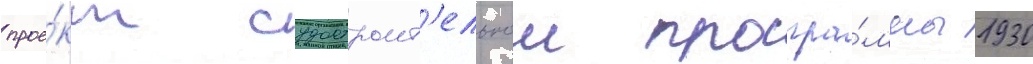
прое́кт судостроит'ельнои програ́ммы 1930